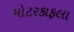
મોટરકાફલા